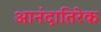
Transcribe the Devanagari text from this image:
आनंदातिरेक